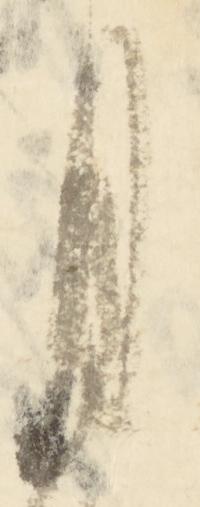
月